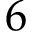
6